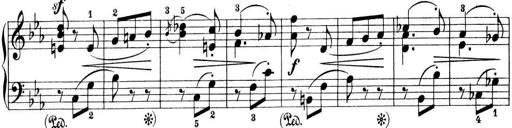
Title: Preis-Sonatine
Composer: Ernst James Bremner